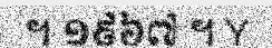
។ ១៩៦៧ ។ Y